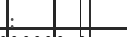
: